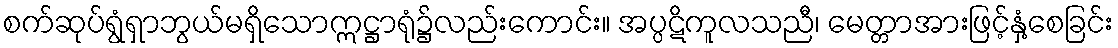
စက်ဆုပ်ရွံရှာဘွယ်မရှိသောဣဋ္ဌာရုံ၌လည်းကောင်း။ အပ္ပဋိကူလသညီ၊ မေတ္တာအားဖြင့်နှံ့စေခြင်း